Report on sanitation, dispensaries, and jails in Rajputana for 1914, and on vaccination for the year 1914-1915 - 1914-1915
Year: 1914
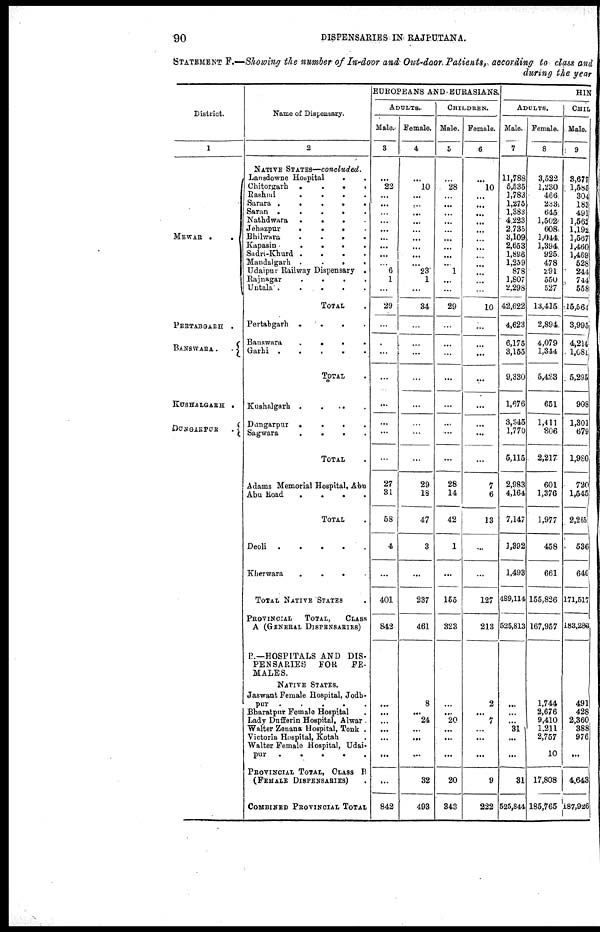
90
DISPENSARIES IN RAJPUTANA.
STATEMENT F.—Showing the number of In-door and Out-door. Patients, according to class and
during the year
District.
1
MEWAR .
.
PERTABGARH .
BANSWARA.
.
KUBHALGARH .
DUNGARPUR
.
Name of Dispensary.
2
NATIVE STATES—concluded.
Lansdowne Hospital
. .
Chitorgarh
.
.
.
.
Rashmi
.
.
.
.
Sarura
.
.
.
.
Saran .
.
.
.
.
Nathdwara
.
.
. .
Jehazpur
.
.
. .
Bhilwara
.
.
.
.
Kapasin
.
.
.
.
Sadri-Khurd .
.
.
.
Mandalgarh .
.
.
.
Udaipur Railway Dispensary .
Rajnagar
.
.
.
.
Untala .
.
.
.
.
TOTAL .
Pertabgarh .
.
.
.
Banswara
.
.
. .
Garhi .
.
.
.
.
TOTAL .
Kushalgarh .
. . .
Dungarpur .
.
.
.
Sagwara
.
.
.
.
TOTAL .
Adams Memorial Hospital, Abu
Abu Road
.
.
.
.
TOTAL .
Deoli
.
.
.
.
.
Kherwara
. . .
TOTAL NATIVE STATES .
PROVINCIAL TOTAL,
CLASS
A (GENERAL DISPENSARIES)
P.—HOSPITALS AND DIS-
PENSARIES
FOR
FE-
MALES.
NATIVE STATES.
Jaswant Female Hospital, Jodh¬
pur . . .
Bharatpur Female Hospital .
Lady Dufferin Hospital, A1war
Walter Zenana Hospital, Tonk .
Victoria Hospital, Kotah .
Walter Female Hospital, Udai¬
pur
.
.
.
.
.
PROVINCIAL TOTAL, CLASS B
(FEMALE DISPENSARIES) .
COMBINED PROVINCIAL TOTAL
EUROPEANS AND EURASIANS.
ADULTS.
Male.
3
...
22
...
...
...
...
...
...
...
...
...
6
1
...
29
...
...
...
...
...
...
...
...
27
31
58
4
...
401
842
...
...
...
...
...
...
...
842
Female.
4
...
10
...
...
...
...
...
...
...
...
...
23
1
...
34
...
...
...
...
...
...
...
...
29
18
47
3
...
237
461
8
...
24
...
...
...
32
493
CHILDREN.
Male.
5
...
28
...
...
...
...
...
...
...
...
..
1
...
...
29
...
...
...
...
...
...
...
...
28
14
42
1
...
155
323
...
...
20
...
...
...
20
343
Female.
6
...
10
...
...
...
...
...
...
...
...
...
...
...
...
10
...
...
...
...
...
...
...
...
7
6
13
...
...
127
213
2
...
7
...
...
...
9
222
HIN
ADULTS.
Male.
7
11,788
5,535
1,783
1,275
1,383
4,.223
2,735
3,109
2,653
1,896
1,259
878
1,807
2,298
42,622
4,623
6,175
3,155
9,330
1,676
3,345
1,770
5,115
2,983
4,164
7,147
1,392
1,493
489,114
525,813
...
...
31
...
...
31
525,844
Female.
8
3,522
1,230
466
233
645
1,502
608
1,044
1,394
925
478
291
550
527
13,415
2,894
4,079
1,344
5,423
651
1,411
806
2,217
601
1,376
1,977
458
661
155,826
167,957
1,744
2,676
9,410
1,211
2,757
10
17,808
185,765
CHIL
Male.
9
3,677
1,585
304
183
491
1,562
1,192
1,567
1,460
1,469
528
244
744
558
15,564
3,995
4,214
1,081
5,295
908
1,301
679
1,980
720
1,545
2,265
536
640
171,517,
183,283
491
428
2,360
388
976
...
4,643
187,926